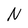
Character: N